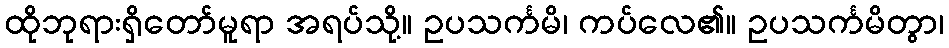
ထိုဘုရားရှိတော်မူရာ အရပ်သို့။ ဥပသင်္ကမိ၊ ကပ်လေ၏။ ဥပသင်္ကမိတွာ၊